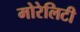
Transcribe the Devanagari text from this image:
मोरेलिटी